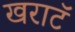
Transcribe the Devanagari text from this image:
खराटॅ